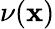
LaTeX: \nu(\mathbf{x})